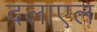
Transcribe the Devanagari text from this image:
दलाएल